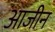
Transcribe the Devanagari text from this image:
आजीन